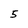
Character: 5